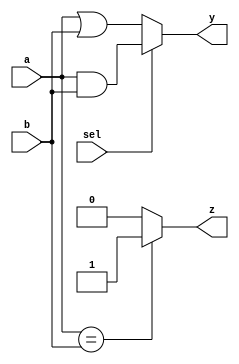
module combinational_logic (
    input wire [3:0] a,      // 4-bit input signal a
    input wire [3:0] b,      // 4-bit input signal b
    input wire sel,          // 1-bit select signal
    output reg [3:0] y,      // 4-bit output signal y
    output reg z             // 1-bit output signal z
);

always @(*) begin
    // Combinational logic: Multiplexer and some logic operations
    if (sel) begin
        y = a & b;           // AND operation when sel is high
    end else begin
        y = a | b;           // OR operation when sel is low
    end

    // Additional output based on some condition
    z = (a == b) ? 1'b1 : 1'b0; // z is high if a equals b
end

endmodule